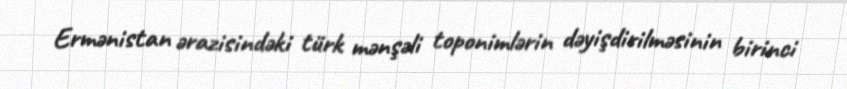
Ermənistan ərazisindəki türk mənşəli toponimlərin dəyişdirilməsinin birinci